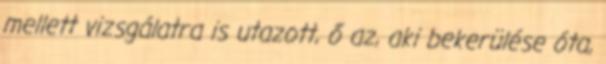
mellett vizsgálatra is utazott, ő az, aki bekerülése óta,